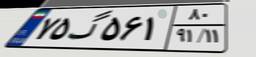
۰۳گ۳۰۵۳۵